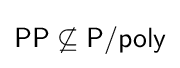
{\mathsf {PP}}\not \subseteq {\mathsf {P/poly}}